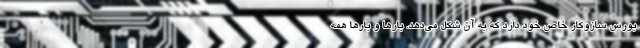
بورس سازوکار خاص خود دارد که به آن شکل می‌دهد. بارها و بارها همه